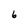
Character: 6